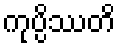
ကုပ္ပိဿတိ